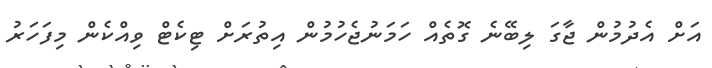
އަށް އެދުމުން ޖާގަ ލިބޭނެ ގޮތެއް ހަމަނުޖެހުމުން އިތުރަށް ޓިކެޓް ވިއްކެން މިފަހަރު